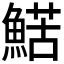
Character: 𩹜